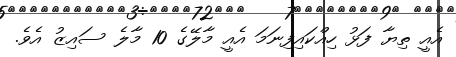
އެއީ ތިޔާ ފަޅު ހިއްކައިފިނަމަ އެއީ މާލޭގެ 10 މާލެ ސައިޒު އެވެ.